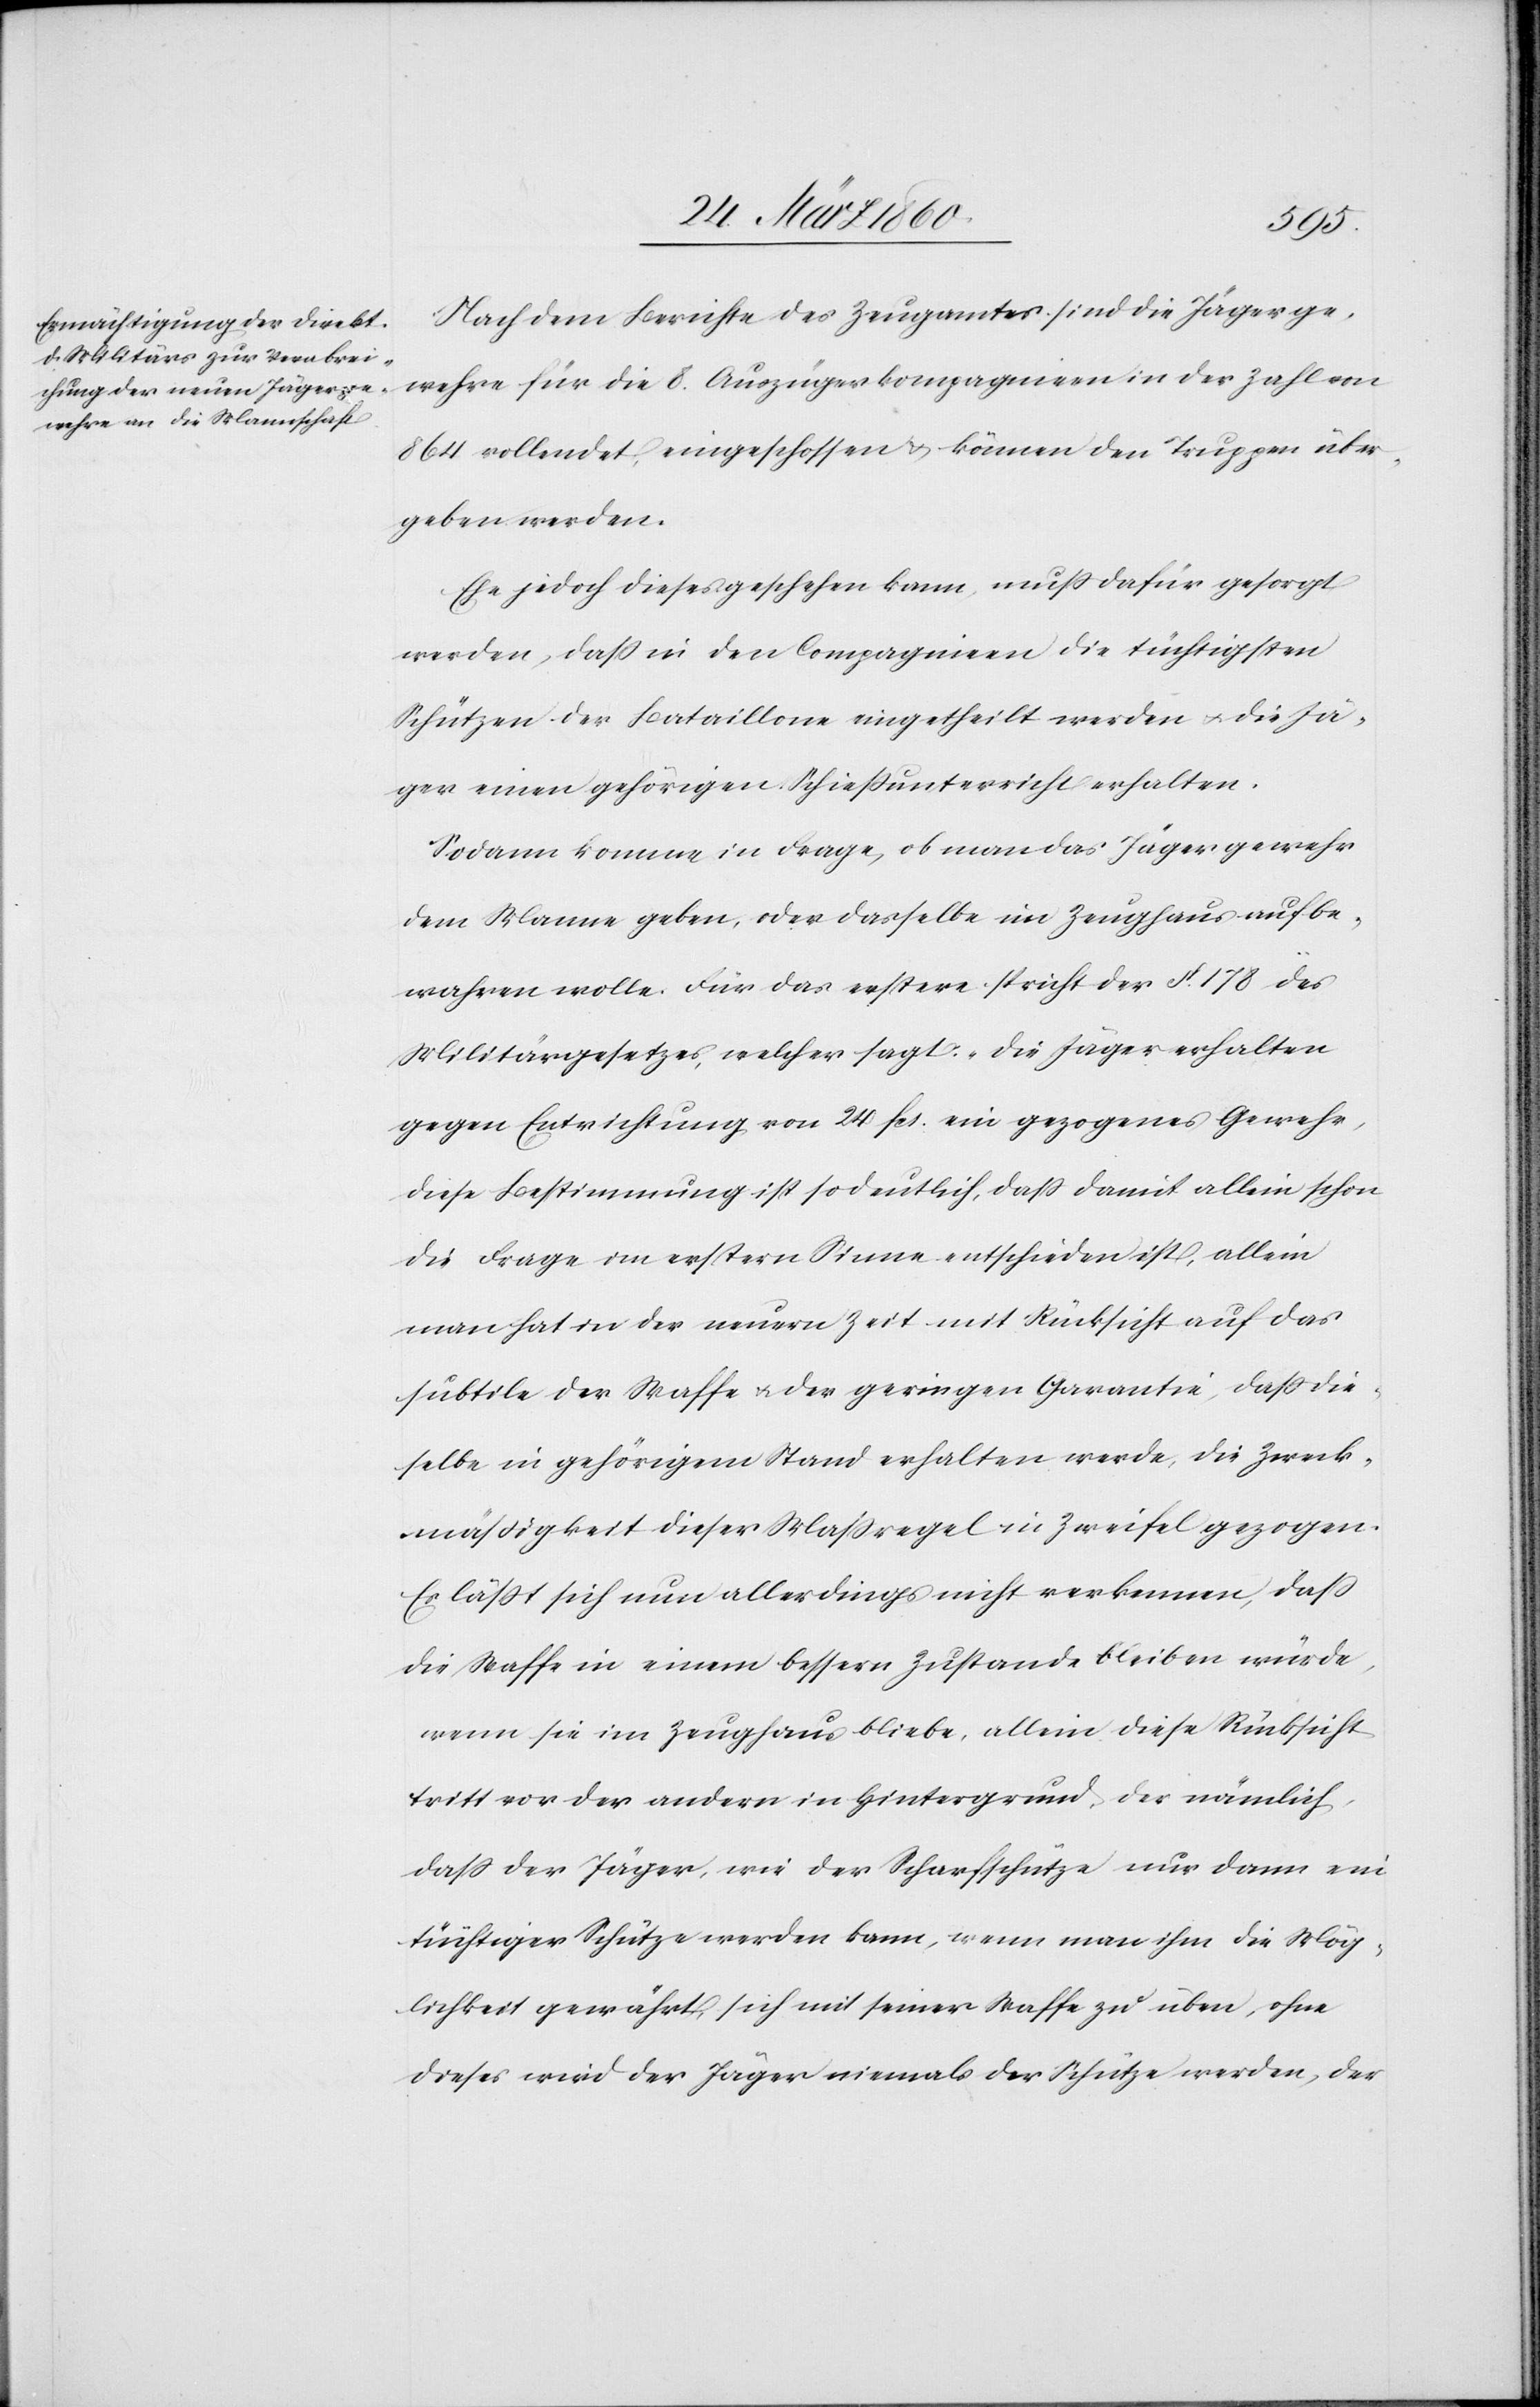
r.[“]
Nach dem Berichte des Zeugamtes sind die Jägerge¬
wehre für die 8. Auszügerkompagnien in der Zahl von
864 vollendet, eingeschlossen u. können den Truppen über¬
geben werden.
Ehe jedoch dieses geschehen kann, muss dafür gesorgt
werden, dass in den Compagnien die tüchtigsten
Schützen der Bataillone eingetheilt werden u. die Jä¬
ger einen gehörigen Schiessunterricht erhalten.
Sodann komme in Frage, ob man das Jägergewehr
dem Manne geben, oder dasselbe im Zeughaus aufbe¬
wahren wolle. Für das erster spricht der §. 178 des
Militärgesetzes, welcher sagt: „Die Jäger erhalten
gegen Entrichtung von 24 fcs. ein gezogenes Geweh¬
Diese Bestimmung ist so deutlich, dass damit allein schon
die Frage im erstern Sinne entschieden ist, allein
man hat in der neuern Zeit mit Rücksicht auf das
subtile der Waffe u. der geringen Garantie, dass die¬
selbe in gehörigem Stand erhalten werde, die Zweck¬
mässigkeit dieser Massregel in Zweifel gezogen.
Es lässt sich nun allerdings nicht verkennen, dass
die Waffe in einem bessern Zustande bleiben würde,
wenn sie im Zeughaus bliebe, allein diese Rücksicht
tritt vor der andern in Hintergrund, des nämlich,
dass der Jäger, wie der Scharfschütze nur dann ein
tüchtiger Schütze werden kann, wenn man ihm die Mög¬
lichkeit gewährt, sich mit seiner Waffe zu üben, ohne
dieses wird der Jäger niemals der Schütze werden, der